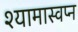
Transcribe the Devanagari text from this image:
श्यामास्वप्न